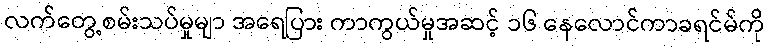
လက်တွေ့စမ်းသပ်မှုမျာ အရေပြား ကာကွယ်မှုအဆင့် ၁၆ နေလောင်ကာခရင်မ်ကို